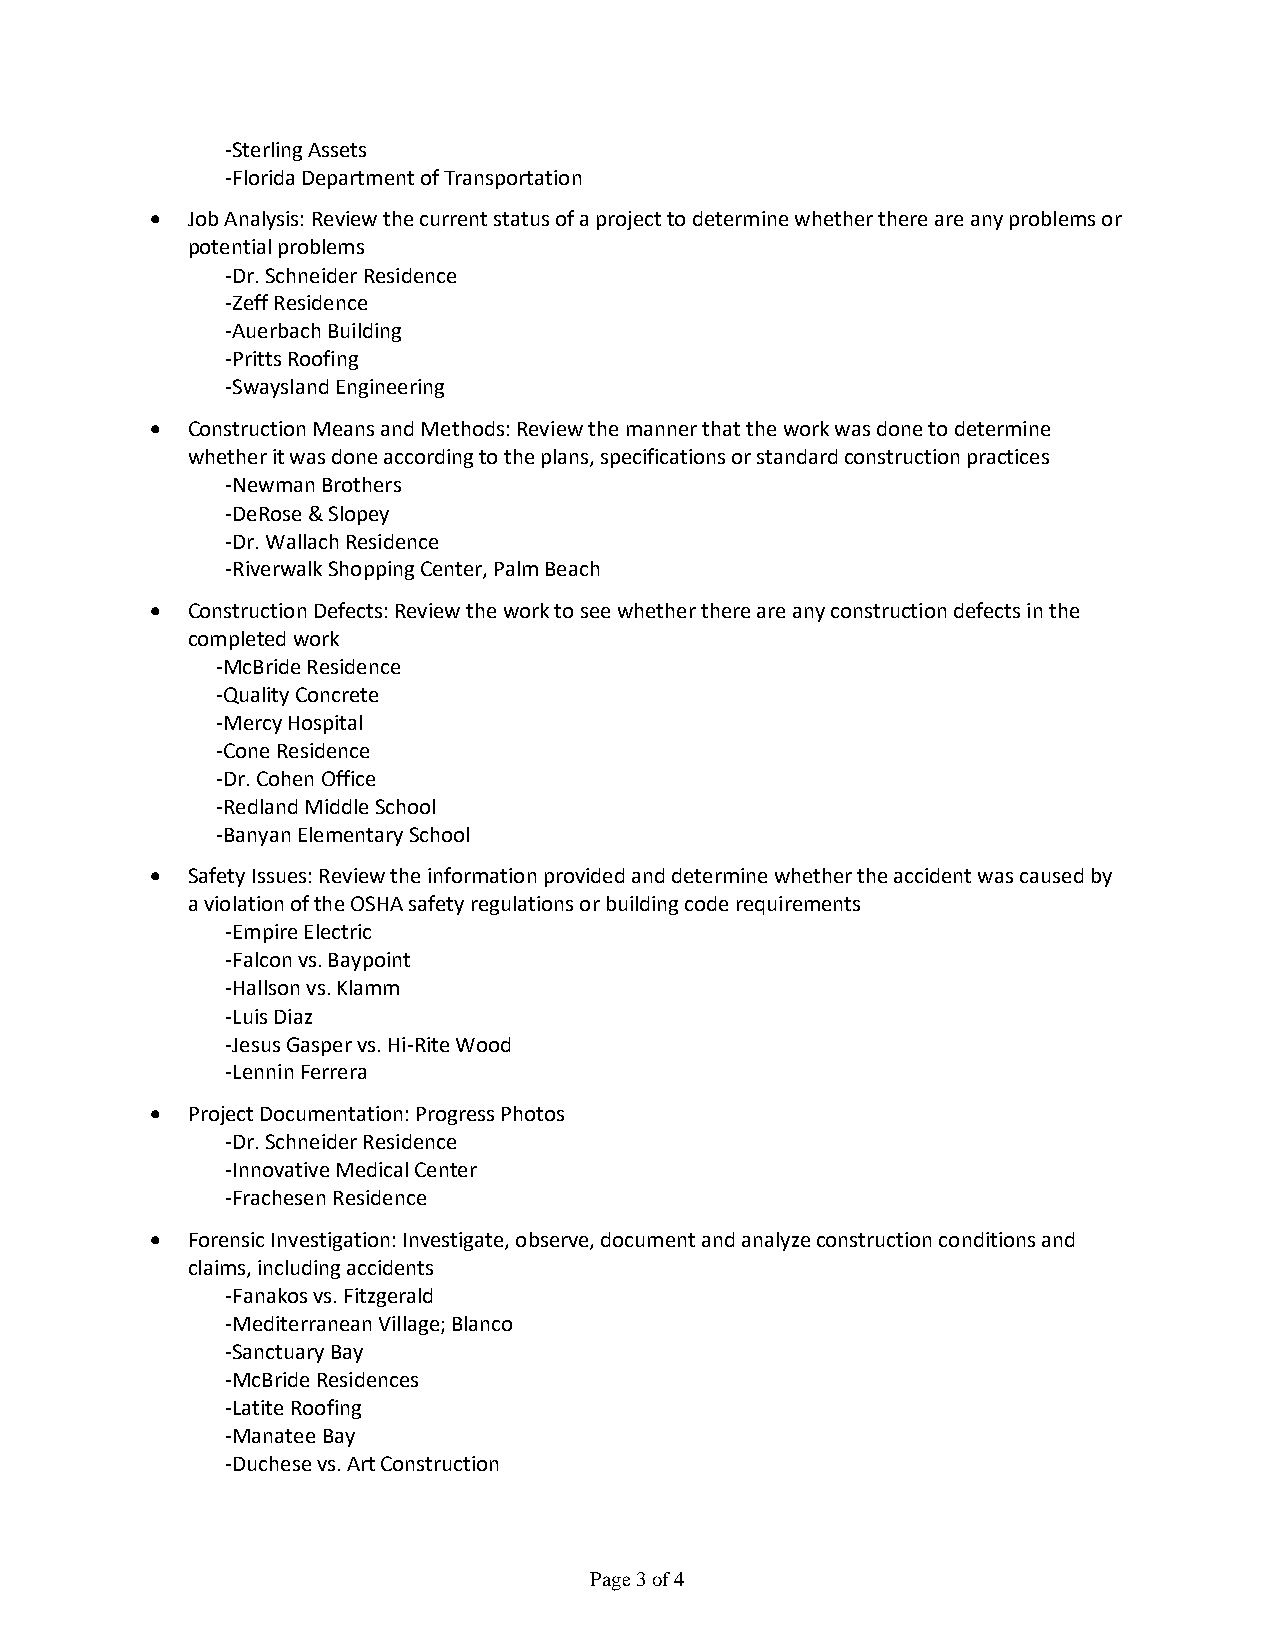
-Sterling Assets
 -Florida Department of Transportation
 • Job Analysis: Review the current status of a project to determine whether there are any problems or
 potential problems
 -Dr. Schneider Residence
 -Zeff Residence
 -Auerbach Building
 -Pritts Roofing
 -Swaysland Engineering
 • Construction Means and Methods: Review the manner that the work was done to determine
 whether it was done according to the plans, specifications or standard construction practices
 -Newman Brothers
 -DeRose & Slopey
 -Dr. Wallach Residence
 -Riverwalk Shopping Center, Palm Beach
 • Construction Defects: Review the work to see whether there are any construction defects in the
 completed work
 -McBride Residence
 -Quality Concrete
 -Mercy Hospital
 -Cone Residence
 -Dr. Cohen Office
 -Redland Middle School
 -Banyan Elementary School
 • Safety Issues: Review the information provided and determine whether the accident was caused by
 a violation of the OSHA safety regulations or building code requirements
 -Empire Electric
 -Falcon vs. Baypoint
 -Hallson vs. Klamm
 -Luis Diaz
 -Jesus Gasper vs. Hi-Rite Wood
 -Lennin Ferrera
 • Project Documentation: Progress Photos
 -Dr. Schneider Residence
 -Innovative Medical Center
 -Frachesen Residence
 • Forensic Investigation: Investigate, observe, document and analyze construction conditions and
 claims, including accidents
 -Fanakos vs. Fitzgerald
 -Mediterranean Village; Blanco
 -Sanctuary Bay
 -McBride Residences
 -Latite Roofing
 -Manatee Bay
 -Duchese vs. Art Construction
 Page 3 of 4